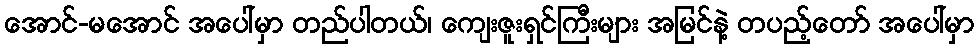
အောင်-မအောင် အပေါ်မှာ တည်ပါတယ်၊ ကျေးဇူးရှင်ကြီးများ အမြင်နဲ့ တပည့်တော် အပေါ်မှာ